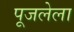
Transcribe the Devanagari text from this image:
पूजलेला